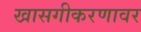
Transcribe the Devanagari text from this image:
खासगीकरणावर